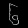
Digit: ၆